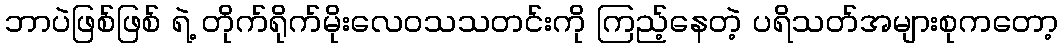
ဘာပဲဖြစ်ဖြစ် ရဲ့ တိုက်ရိုက်မိုးလေဝသသတင်းကို ကြည့်နေတဲ့ ပရိသတ်အများစုကတော့